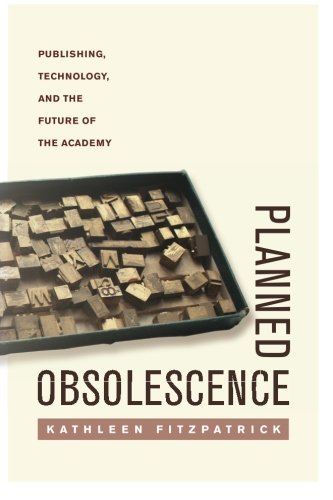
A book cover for Planned Obsolescence: Publishing, Technology, and the Future of the Academy; Kathleen Fitzpatrick; Law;